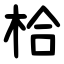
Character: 㭘